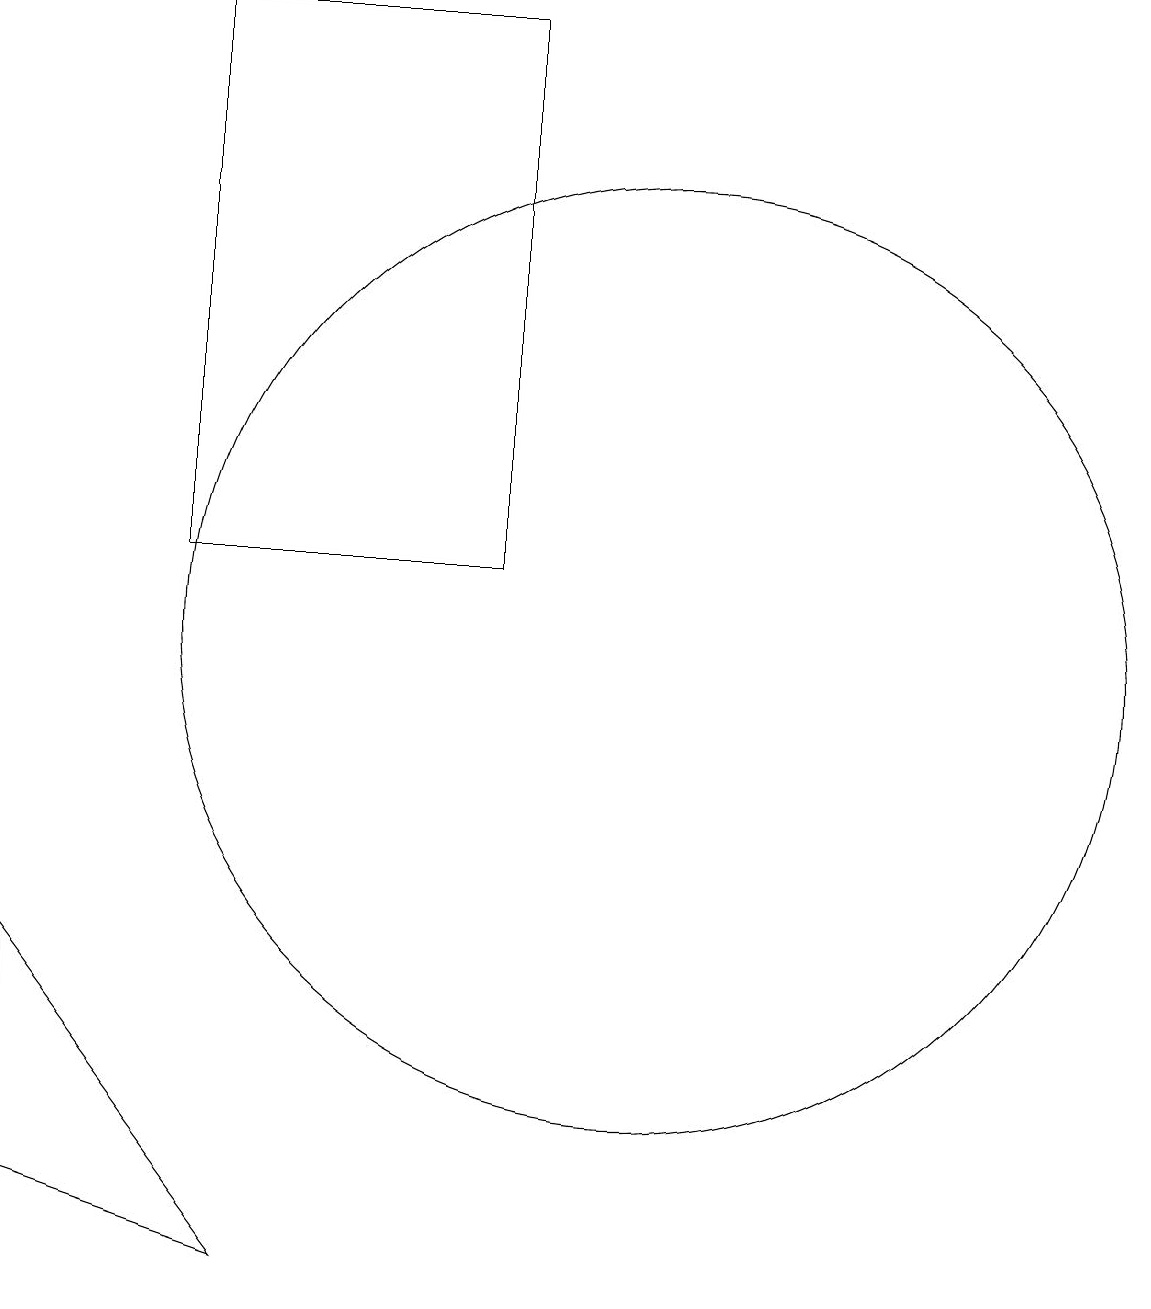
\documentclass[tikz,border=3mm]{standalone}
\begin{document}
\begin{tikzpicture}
\draw (10,10) circle (6);
\draw (4,11) rectangle (8,18);
\draw (5,2) -- (2,3) -- (2,6) -- cycle;
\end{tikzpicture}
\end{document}